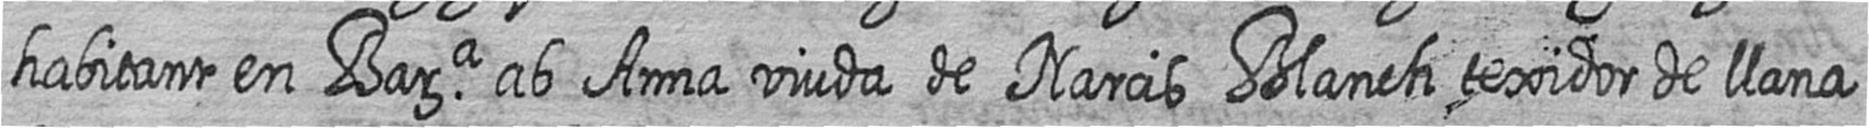
habitant en Bara ab Anna viuda de Narcis Blanch texidor de llana